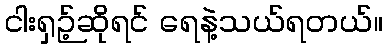
ငါးရှဉ့်ဆိုရင် ရေနဲ့သယ်ရတယ်။